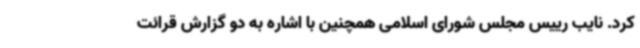
کرد. نایب رییس مجلس شورای اسلامی همچنین با اشاره به دو گزارش قرائت